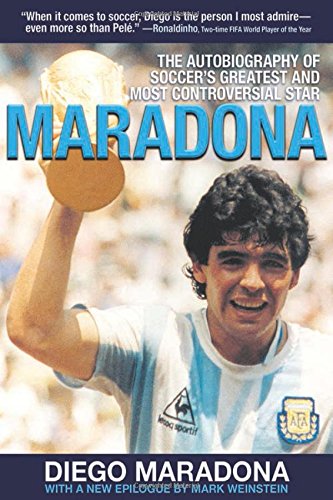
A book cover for Maradona: The Autobiography of Soccer's Greatest and Most Controversial Star; Diego Armando Maradona; Biographies & Memoirs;